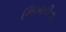
ભિખારીના